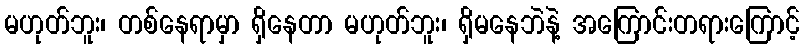
မဟုတ်ဘူး၊ တစ်နေရာမှာ ရှိနေတာ မဟုတ်ဘူး၊ ရှိမနေဘဲနဲ့ အကြောင်းတရားကြောင့်